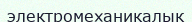
электромеханикалык